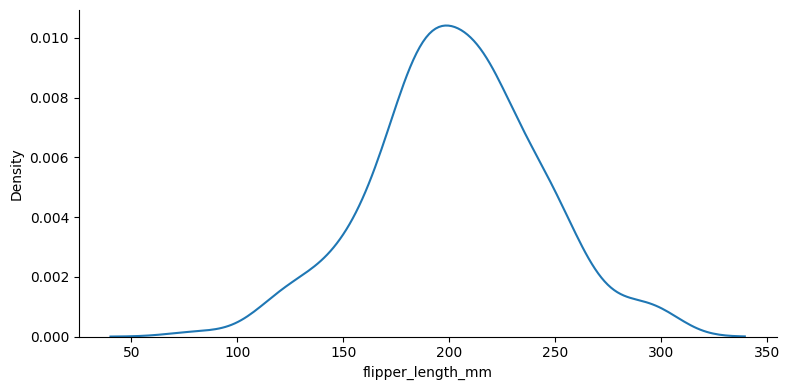
python, seaborn, displot, kind='kde', column='flipper_length_mm', hue='all', height=4, aspect=2.0